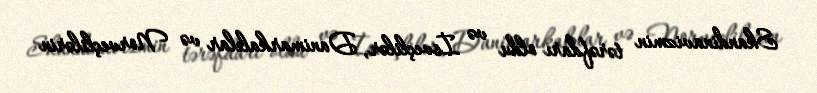
Skandinavizmin tərəfdarı oldu və İsveçlilər, Danimarkalılar və Norveçlilərin